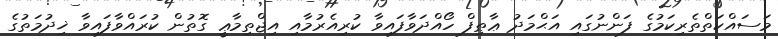
މަސައްކަތްތެރިކަމުގެ ފަންނުގައި އަޙްމަދު ޢާޠިފް ހޯއްދަވާފައިވާ ކުރިއެރުމާއި އިޖްތިމާޢީ ގޮތުން ކުރައްވާފައިވާ ޚިދުމަތުގެ